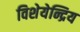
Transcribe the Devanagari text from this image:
विशेयेन्द्रिय